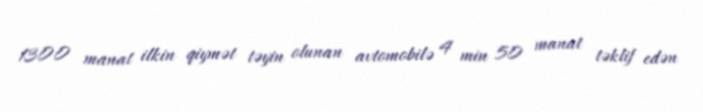
1300 manat ilkin qiymət təyin olunan avtomobilə 4 min 50 manat təklif edən